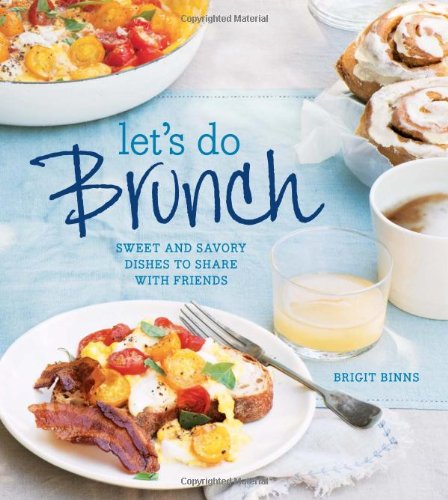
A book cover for Let's Do Brunch: Sweet & Savory Dishes to Share with Friends; Brigit Binns; Cookbooks, Food & Wine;